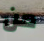
من